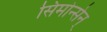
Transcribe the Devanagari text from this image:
सिमोन्सेन्